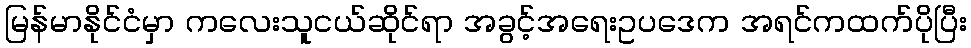
မြန်မာနိုင်ငံမှာ ကလေးသူငယ်ဆိုင်ရာ အခွင့်အရေးဥပဒေက အရင်ကထက်ပိုပြီး